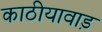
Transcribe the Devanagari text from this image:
काठीयावाड़